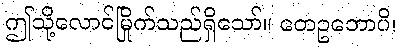
ဤသို့လောင်မြိုက်သည်ရှိသော်။ တေဥဘောပိ၊